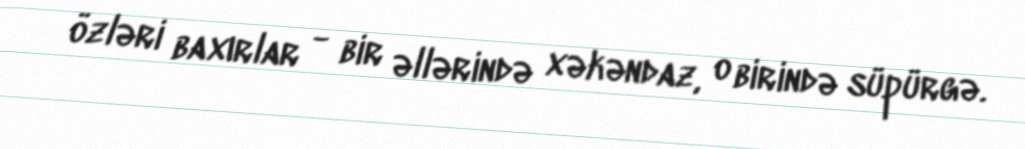
özləri baxırlar - bir əllərində xəkəndaz, o birində süpürgə.